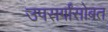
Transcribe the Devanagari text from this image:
उपसर्गांसोबत